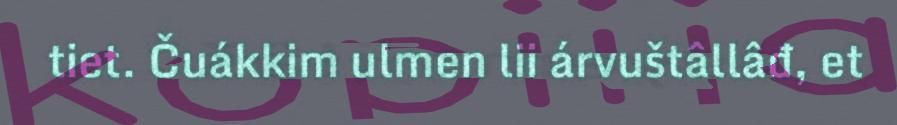
tiet. Čuákkim ulmen lii árvuštâllâđ, et